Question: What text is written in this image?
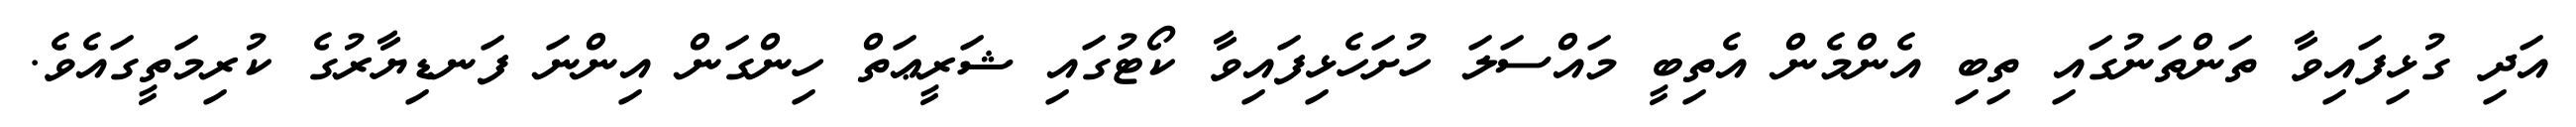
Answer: އަދި ގުޅިފައިވާ ތަންތަނުގައި ތިބި އެންމެން އެތިބީ މައްސަލަ ހުށަހެޅިފައިވާ ކޯޓުގައި ޝަރީޢަތް ހިންގަން އިންނަ ފަނޑިޔާރުގެ ކުރިމަތީގައެވެ.